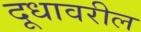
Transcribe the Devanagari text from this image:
दूधावरील